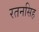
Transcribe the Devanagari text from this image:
रतनसिह